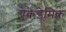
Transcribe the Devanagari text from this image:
ऐकेडेमिक